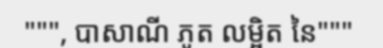
""", បាសាណី ភូត លម្អិត នៃ"""